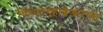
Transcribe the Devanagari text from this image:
चित्रपटगृहाशेजारच्या